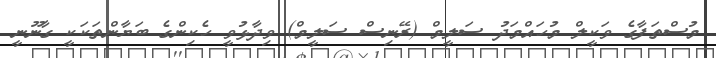
މުސްތަފާގެ ވަކީލް މުހައްމަދު ސަލީމް (ރޭނިސް ސަލީމް) ވިދާޅުވީ ހެކިންގެ ބަޔާންތަކަކީ ގާނޫނީ